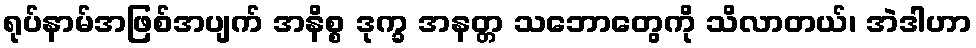
ရုပ်နာမ်အဖြစ်အပျက် အနိစ္စ ဒုက္ခ အနတ္တ သဘောတွေကို သိလာတယ်၊ အဲဒါဟာ